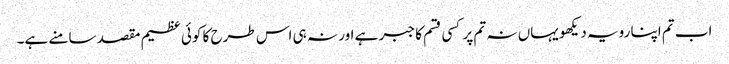
اب تم اپنا رویہ دیکھو یہاں نہ تم پر کسی قسم کا جبر ہے اور نہ ہی اس طرح کا کوئی عظیم مقصد سامنے ہے۔